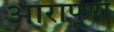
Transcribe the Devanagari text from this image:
आराफूरा